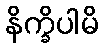
နိက္ခိပါမိ